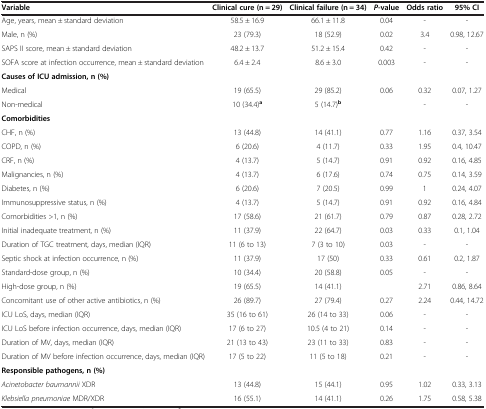
<table><thead><tr><td><b>Variable</b></td><td><b>Clinical cure (n = 29)</b></td><td><b>Clinical failure (n = 34)</b></td><td><b><i>P</i>-value</b></td><td><b>Odds ratio</b></td><td><b>95% CI</b></td></tr></thead><tbody><tr><td>Age, years, mean ± standard deviation</td><td>58.5 ± 16.9</td><td>66.1 ± 11.8</td><td>0.04</td><td>-</td><td>-</td></tr><tr><td>Male, n (%)</td><td>23 (79.3)</td><td>18 (52.9)</td><td>0.02</td><td>3.4</td><td>0.98, 12.67</td></tr><tr><td>SAPS II score, mean ± standard deviation</td><td>48.2 ± 13.7</td><td>51.2 ± 15.4</td><td>0.42</td><td>-</td><td>-</td></tr><tr><td>SOFA score at infection occurrence, mean ± standard deviation</td><td>6.4 ± 2.4</td><td>8.6 ± 3.0</td><td>0.003</td><td>-</td><td>-</td></tr><tr><td colspan="6"><b>Causes of ICU admission, n (%)</b></td></tr><tr><td>Medical</td><td>19 (65.5)</td><td>29 (85.2)</td><td rowspan="2">0.06</td><td>0.32</td><td>0.07, 1.27</td></tr><tr><td>Non-medical</td><td>10 (34.4)<sup><b>a</b></sup></td><td>5 (14.7)<sup><b>b</b></sup></td><td>-</td><td>-</td></tr><tr><td colspan="6"><b>Comorbidities</b></td></tr><tr><td>CHF, n (%)</td><td>13 (44.8)</td><td>14 (41.1)</td><td>0.77</td><td>1.16</td><td>0.37, 3.54</td></tr><tr><td>COPD, n (%)</td><td>6 (20.6)</td><td>4 (11.7)</td><td>0.33</td><td>1.95</td><td>0.4, 10.47</td></tr><tr><td>CRF, n (%)</td><td>4 (13.7)</td><td>5 (14.7)</td><td>0.91</td><td>0.92</td><td>0.16, 4.85</td></tr><tr><td>Malignancies, n (%)</td><td>4 (13.7)</td><td>6 (17.6)</td><td>0.74</td><td>0.75</td><td>0.14, 3.59</td></tr><tr><td>Diabetes, n (%)</td><td>6 (20.6)</td><td>7 (20.5)</td><td>0.99</td><td>1</td><td>0.24, 4.07</td></tr><tr><td>Immunosuppressive status, n (%)</td><td>4 (13.7)</td><td>5 (14.7)</td><td>0.91</td><td>0.92</td><td>0.16, 4.84</td></tr><tr><td>Comorbidities &gt;1, n (%)</td><td>17 (58.6)</td><td>21 (61.7)</td><td>0.79</td><td>0.87</td><td>0.28, 2.72</td></tr><tr><td>Initial inadequate treatment, n (%)</td><td>11 (37.9)</td><td>22 (64.7)</td><td>0.03</td><td>0.33</td><td>0.1, 1.04</td></tr><tr><td>Duration of TGC treatment, days, median (IQR)</td><td>11 (6 to 13)</td><td>7 (3 to 10)</td><td>0.03</td><td>-</td><td>-</td></tr><tr><td>Septic shock at infection occurrence, n (%)</td><td>11 (37.9)</td><td>17 (50)</td><td>0.33</td><td>0.61</td><td>0.2, 1.87</td></tr><tr><td>Standard-dose group, n (%)</td><td>10 (34.4)</td><td>20 (58.8)</td><td rowspan="2">0.05</td><td>-</td><td>-</td></tr><tr><td>High-dose group, n (%)</td><td>19 (65.5)</td><td>14 (41.1)</td><td>2.71</td><td>0.86, 8.64</td></tr><tr><td>Concomitant use of other active antibiotics, n (%)</td><td>26 (89.7)</td><td>27 (79.4)</td><td>0.27</td><td>2.24</td><td>0.44, 14.72</td></tr><tr><td>ICU LoS, days, median (IQR)</td><td>35 (16 to 61)</td><td>26 (14 to 33)</td><td>0.06</td><td>-</td><td>-</td></tr><tr><td>ICU LoS before infection occurrence, days, median (IQR)</td><td>17 (6 to 27)</td><td>10.5 (4 to 21)</td><td>0.14</td><td>-</td><td>-</td></tr><tr><td>Duration of MV, days, median (IQR)</td><td>21 (13 to 43)</td><td>23 (11 to 33)</td><td>0.83</td><td>-</td><td>-</td></tr><tr><td>Duration of MV before infection occurrence, days, median (IQR)</td><td>17 (5 to 22)</td><td>11 (5 to 18)</td><td>0.21</td><td>-</td><td>-</td></tr><tr><td colspan="6"><b>Responsible pathogens, n (%)</b></td></tr><tr><td><i>Acinetobacter baumannii</i> XDR</td><td>13 (44.8)</td><td>15 (44.1)</td><td>0.95</td><td>1.02</td><td>0.33, 3.13</td></tr><tr><td><i>Klebsiella pneumoniae</i> MDR/XDR</td><td>16 (55.1)</td><td>14 (41.1)</td><td>0.26</td><td>1.75</td><td>0.58, 5.38</td></tr></tbody></table>